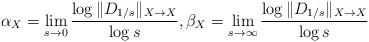
LaTeX: \begin{align*}\alpha_X=\lim_{s\to 0}\frac{\log \|D_{1/s}\|_{X\to X}}{\log s},\beta_X=\lim_{s\to \infty}\frac{\log \|D_{1/s}\|_{X\to X}}{\log s}\end{align*}